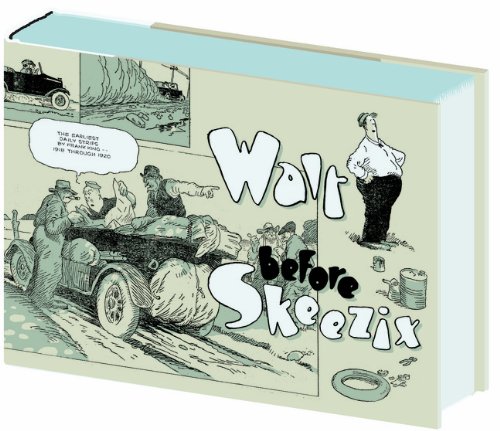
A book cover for Walt Before Skeezix (Walt and Skeezix); Frank King; Comics & Graphic Novels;